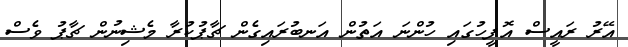
އޭރު ރައީސް އޮފީހުގައި ހުންނަ އަތުން އަނބުރައިގެން ޗާޕުކުރާ މެޝިނުން ޗާޕު ވެސް